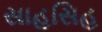
સાહસિહ